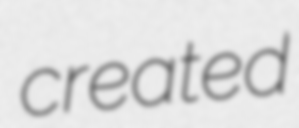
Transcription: created